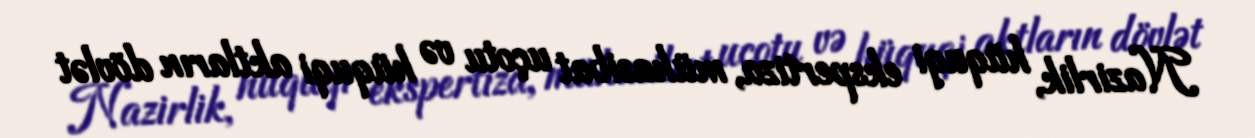
Nazirlik, hüquqi ekspertiza, mühasibat uçotu və hüquqi aktların dövlət